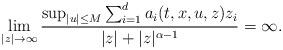
LaTeX: \begin{align*}\lim_{|z|\rightarrow\infty}\dfrac{\sup_{|u|\leq M} \sum_{i=1}^d a_i (t,x,u,z) z_i}{|z| + |z|^{\alpha - 1}} = \infty .\end{align*}